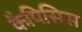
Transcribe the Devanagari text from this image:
कैपिसिस